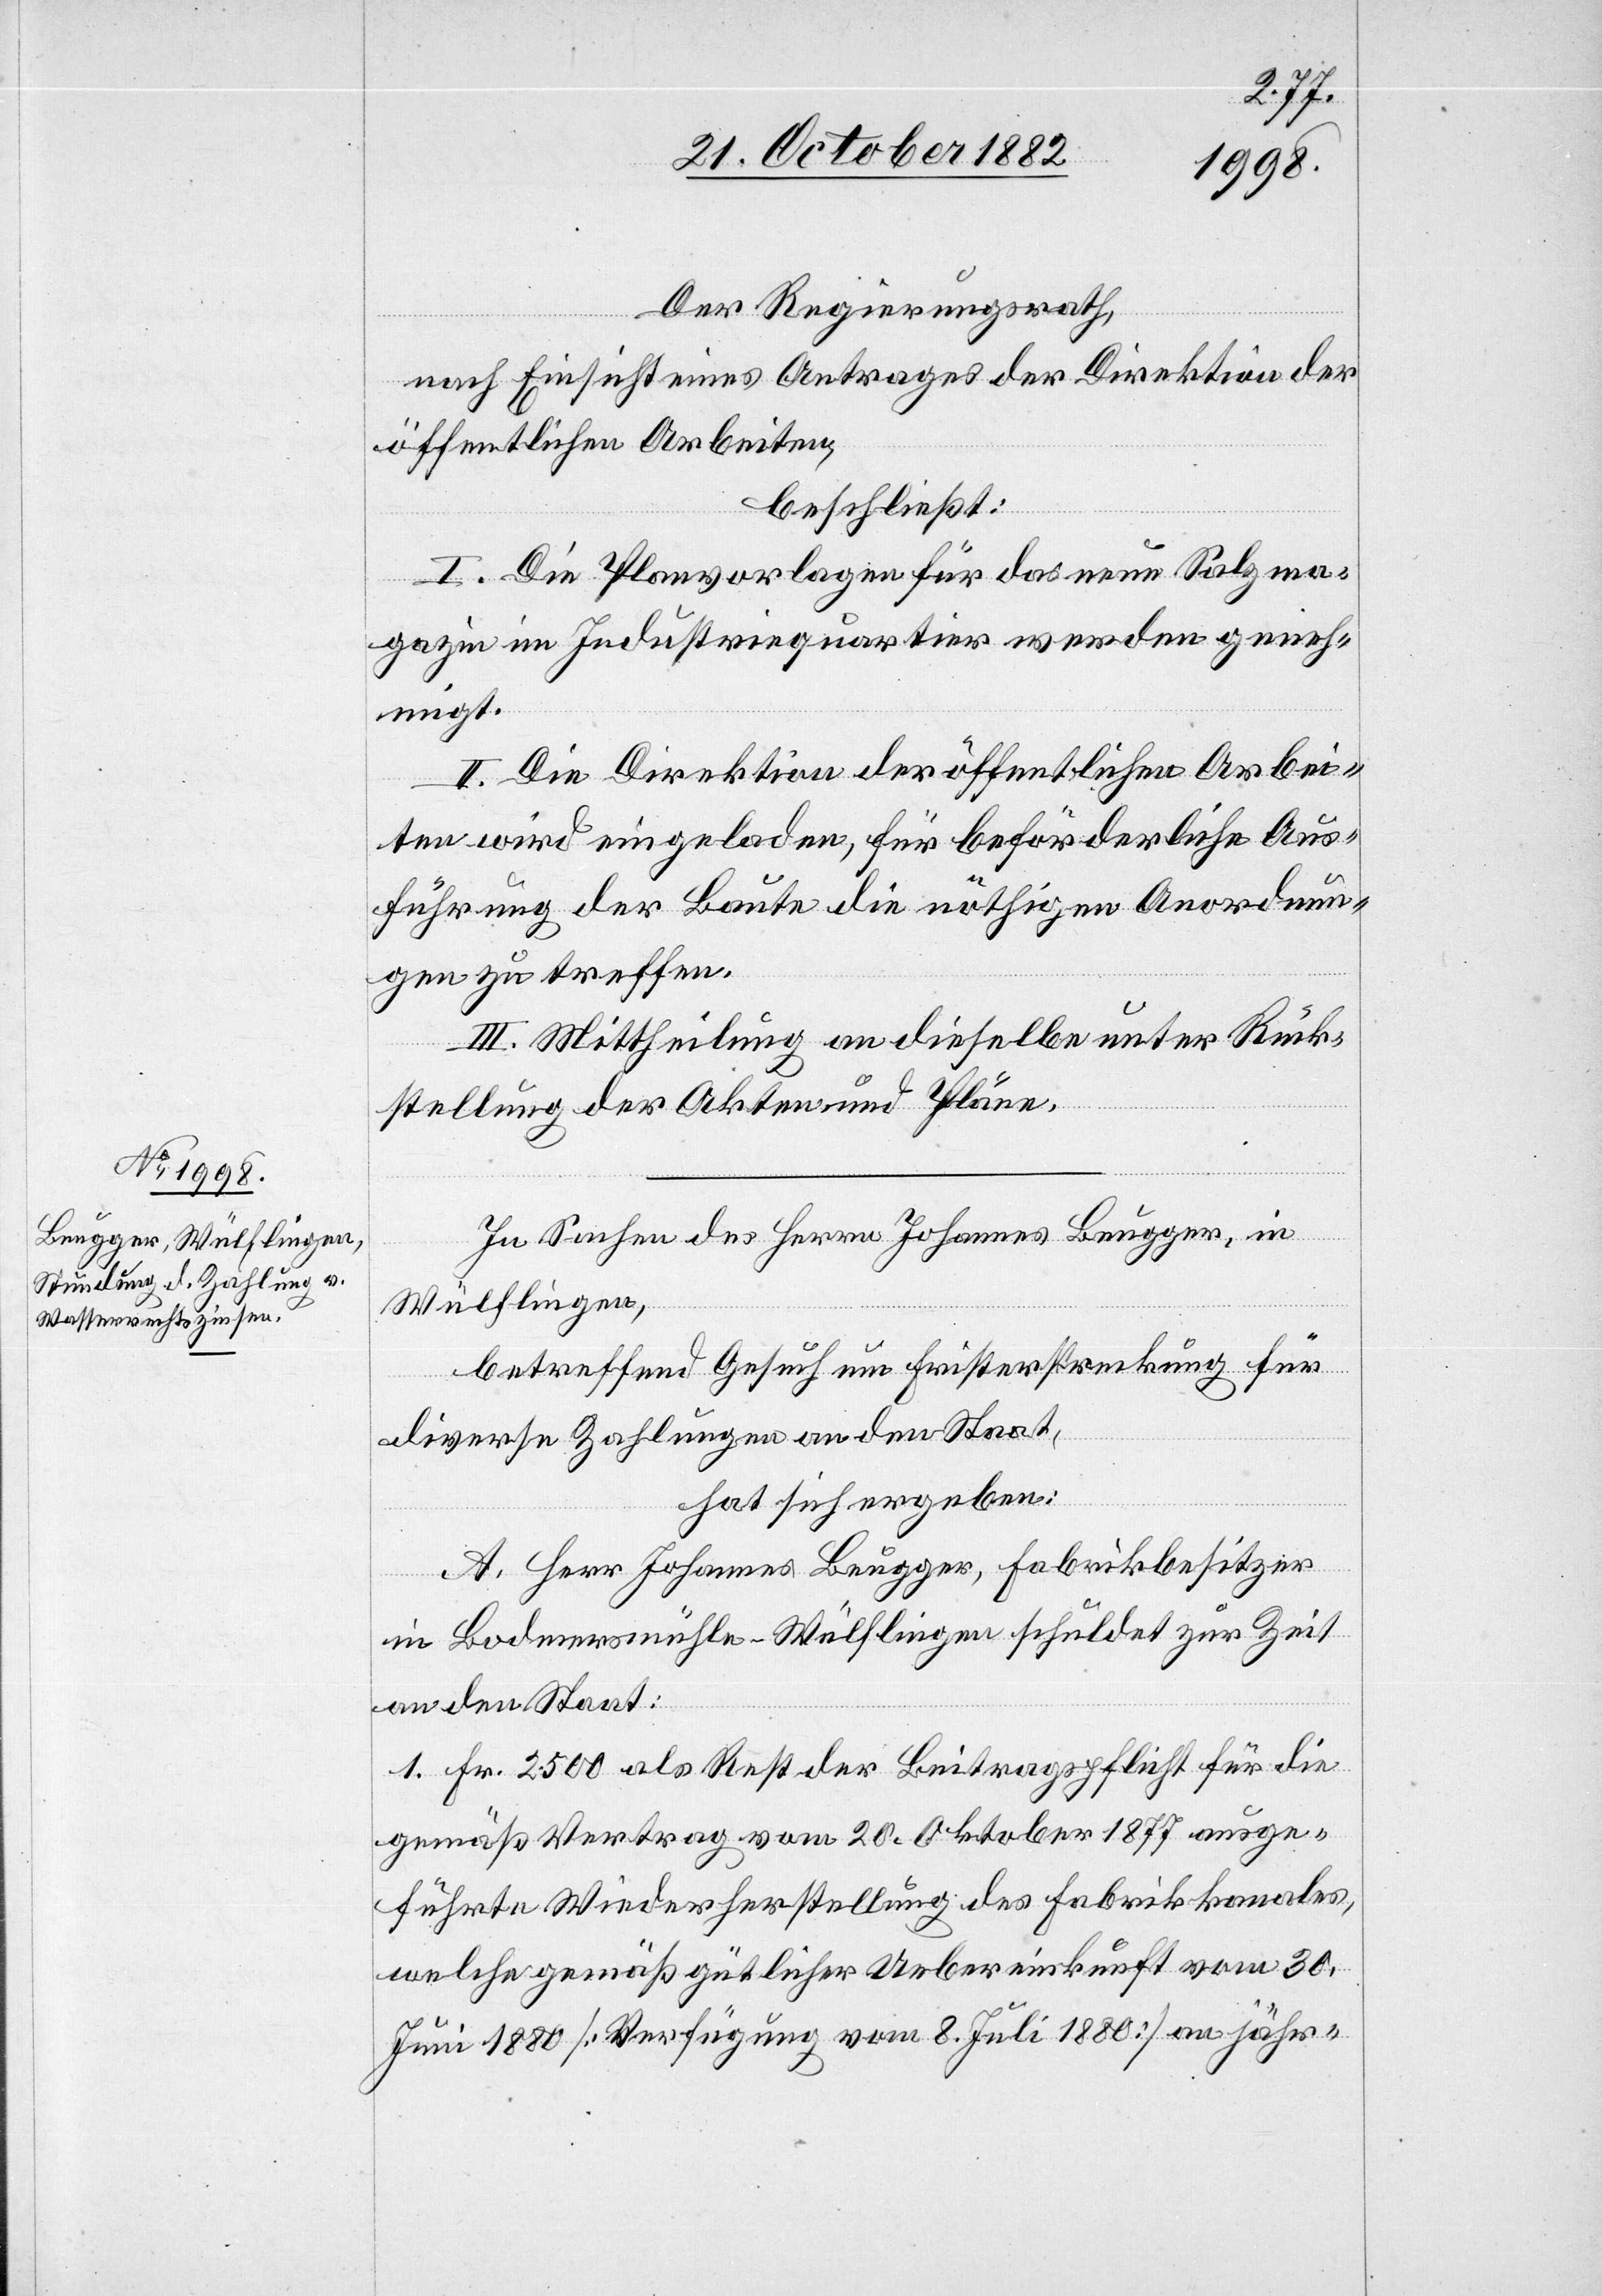
Der Regierungsrath,
nach Einsicht eines Antrages der Direktion der
öffentlichen Arbeiten,
beschließt:
I. Die Planvorlagen für das neue Salzma¬
gazin im Industriequartier werden geneh¬
migt.
II. Die Direktion der öffentlichen Arbei¬
ten wird eingeladen, für beförderliche Aus¬
führung der Baute die nöthigen Anordnun¬
gen zu treffen.
III. Mittheilung an dieselbe unter Rück¬
stellung der Akten und Pläne.